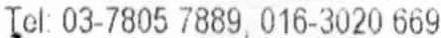
TEL: 03-7805 7889, 016-3020 669